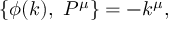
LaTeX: \{ \phi ( k ) , \ P ^ { \mu } \} = - k ^ { \mu } ,